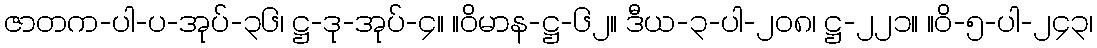
ဇာတက-ပါ-ပ-အုပ်-၃၆၊ ဋ္ဌ-ဒု-အုပ်-၄။ ။ဝိမာန-ဋ္ဌ-၆၂။ ဒီယ-၃-ပါ-၂၀၈၊ ဋ္ဌ-၂၂၁။ ။ဝိ-၅-ပါ-၂၄၃၊